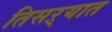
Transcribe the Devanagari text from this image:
तिसऱ्यात